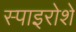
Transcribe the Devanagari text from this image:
स्पाइरोशे